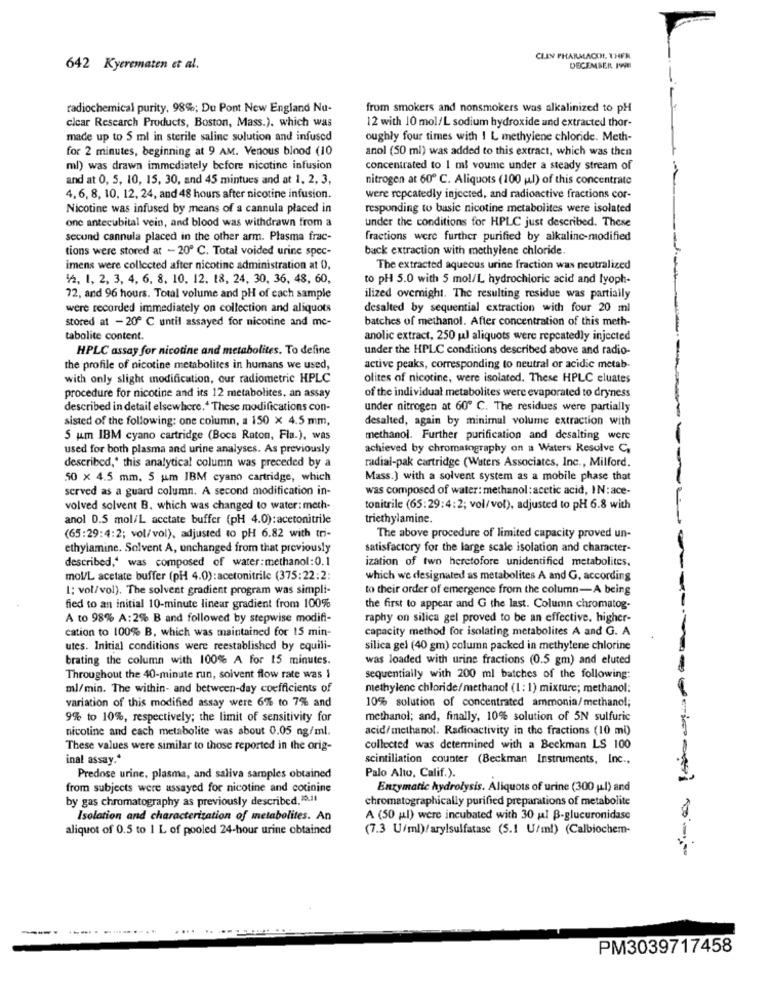
CLIN PHARMACOL THER
642 Kyerematen et al.
DECEMBER 1990
radiochemical purity, 98%; Du Pont New England Nu-
from smokers and nonsmokers was alkalinized to pH
clear Research Products, Boston, Mass.). which was
12 with 10 mol/L sodium hydroxide and extracted thor-
made up to 5 ml in sterile saline solution and infused
oughly four times with I L methylene chloride. Meth-
for 2 minutes, beginning at 9 AM. Venous blood (10
anol (50 ml) was added to this extract, which was then
ml) was drawn immediately before nicotine infusion
concentrated to 1 ml voume under a steady stream of
and at 0, 5, 10, 15, 30, and 45 mintues and at 1, 2, 3,
nitrogen at 60º C. Aliquots (100 ml) of this concentrate
4,6, 8, 10, 12, 24, and 48 hours after nicotine infusion.
were repeatedly injected, and radioactive fractions cor-
Nicotine was infused by means of a cannula placed in
responding to basic nicotine metabolites were isolated
one antecubital vein, and blood was withdrawn from a
under the conditions for HPLC just described. These
secund cannula placed in the other arm. Plasma frac-
fractions were further purified by alkaline-modified
tions were stored at - 20º C. Total voided urine spec-
back extraction with methylene chloride.
imens were collected after nicotine administration at 0,
The extracted aqueous urine fraction was neutralized
12, 1, 2, 3, 4, 6, 8, 10, 12, 18, 24, 30, 36, 48, 60,
to pH 5.0 with 5 mol/L hydrochloric acid and lyoph-
72, and 96 hours. Total volume and pH of each sample
ilized overnight. The resulting residue was partially
were recorded immediately on collection and aliquots
desalted by sequential extraction with four 20 ml
stored at - 20º C until assayed for nicotine and me-
batches of methanol. After concentration of this meth-
tabolite content.
anolic extract, 250 ul aliquots were repeatedly injected
HPLC assay for nicotine and metabolites. To define
under the HPLC conditions described above and radio-
the profile of nicotine metabolites in humans we used,
active peaks, corresponding to neutral or acidic metab-
with only slight modification, our radiometric HPLC
olites of nicotine, were isolated. These HPLC eluates
procedure for nicotine and its 12 metabolites, an assay
of the individual metabolites were evaporated to dryness
described in detail elsewhere." These modifications con-
under nitrogen at 60º C. The residues were partially
sisted of the following: one column, a 150 x 4.5 mm,
desalted, again by minimal volume extraction with
5 um IBM cyano cartridge (Boca Raton, Fla.), was
methanol. Further purification and desalting were
used for both plasma and urine analyses. As previously
achieved by chromatography on a Waters Resolve C,
described,' this analytical column was preceded by a
radial-pak cartridge (Waters Associates, Inc ., Milford.
50 x 4.5 mm. 5 um IBM cyano cartridge, which
Mass.) with a solvent system as a mobile phase that
served as a guard column. A second modification in-
was composed of water: methanol: acetic acid, IN:ace-
volved solvent B. which was changed to water: meth-
tonitrile (65:29:4:2; vol/vol), adjusted to pH 6.8 with
anol 0.5 mol/L acctate buffer (pH 4.0):acetonitrile
triethylamine.
(65:29:4:2; vol/vol), adjusted to pH 6.82 with tri-
The above procedure of limited capacity proved un-
ethylamine. Solvent A, unchanged from that previously
satisfactory for the large scale isolation and character-
described,“ was composed of water:methanol:0.1
ization of two heretofore unidentified metabolites,
mol/L acetate buffer (pH 4.0):acetonitrile (375:22:2:
which we designated as metabolites A and G, according
1: vol/vol). The solvent gradient program was simpli-
to their order of emergence from the column-A being
fied to an initial 10-minute linear gradient from 100%
the first to appear and G the last. Column chromatog-
A to 98% A:2% B and followed by stepwise modifi-
raphy on silica gel proved to be an effective. higher-
cation to 100% B, which was maintained for 15 min-
capacity method for isolating metabolites A and G. A
utes. Initial conditions were reestablished by equili-
silica gel (40 gm) column packed in methylene chlorine
brating the column with 100% A for 15 minutes.
was loaded with urine fractions (0.5 gm) and eluted
Throughout the 40-minute run, solvent flow rate was 1
sequentially with 200 ml batches of the following:
ml/min. The within- and between-day coefficients of
methylene chloride/methanol (1 : 1) mixture; methanol:
10% solution of concentrated ammonia/methanol;
variation of this modified assay were 6% to 7% and
9% to 10%, respectively; the limit of sensitivity for
methanol; and, finally, 10% solution of 5N sulfuric
nicotine and each metabolite was about 0.05 ng/ml.
acid/methanol. Radioactivity in the fractions (10 ml)
These values were similar to those reported in the orig-
collected was determined with a Beckman LS 100
inal assay."
scintillation counter (Beckman Instruments, Inc .,
Predose urine, plasma, and saliva samples obtained
Palo Alto, Calif.).
from subjects were assayed for nicotine and cotinine
Enzymatic hydrolysis. Aliquots of urine (300 g.l) and
by gas chromatography as previously described. 10,11
chromatographically purified preparations of metabolite
Isolation and characterization of metabolites. An
A (50 jal) were incubated with 30 jal B-glucuronidase
8
aliquot of 0.5 to 1 L of pooled 24-hour urine obtained
(7.3 U/ml)/arylsulfatase (5.1 U/ml) (Calbiochem-
--.
...... . ............
PM3039717458